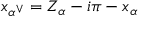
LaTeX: x _ { \alpha ^ { \vee } } = Z _ { \alpha } - i \pi - x _ { \alpha }